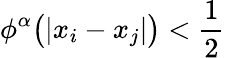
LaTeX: \phi^{\alpha}\big(|x_{i}-x_{j}|\big)<\frac{1}{2}